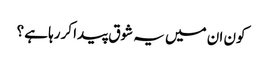
کون ان میں یہ شوق پیدا کررہا ہے ؟